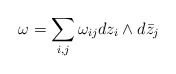
\begin{align*}\omega=\sum_{i,j}\omega_{ij}d z_i\wedge d\bar z_j\end{align*}